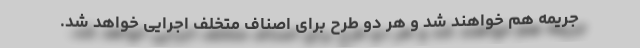
جریمه هم خواهند شد و هر دو طرح برای اصناف متخلف اجرایی خواهد شد.